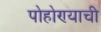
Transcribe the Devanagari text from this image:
पोहोण्याची